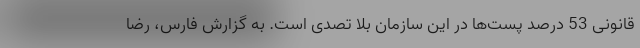
قانونی 53 درصد پست‌ها در این سازمان بلا تصدی است. به گزارش فارس، رضا